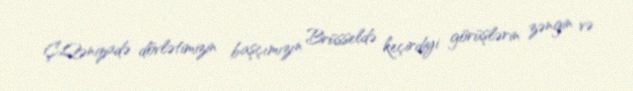
Ç.Qənizadə dövlətimizin başçımızın Brüsseldə keçirdiyi görüşlərin zəngin və